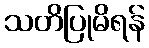
သတိပြုမိရန်